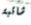
شائبة